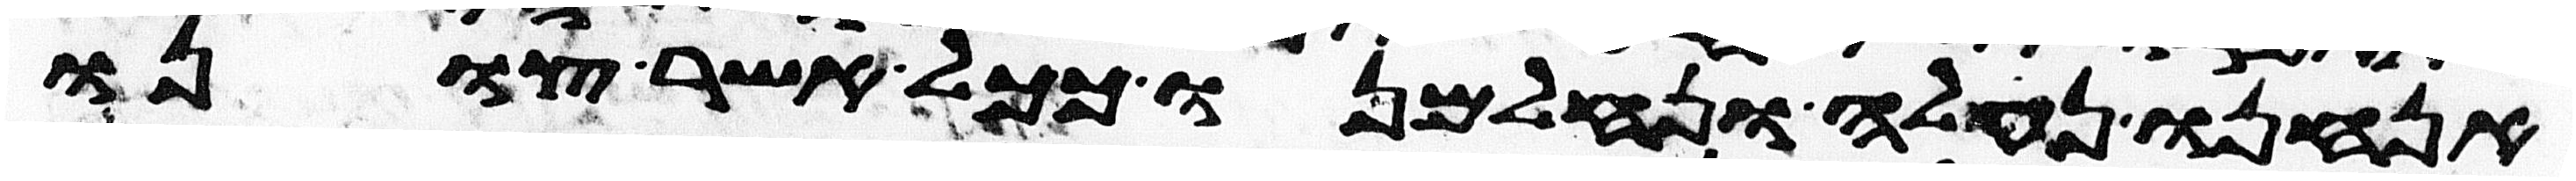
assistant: אנחנו נעלה ונלחמנו ככל אשר צונו